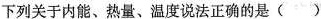
下列关于内能、热量、温度说法正确的是()